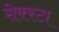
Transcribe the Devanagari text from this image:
सेक्स्टा